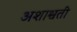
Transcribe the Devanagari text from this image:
अशाश्वती